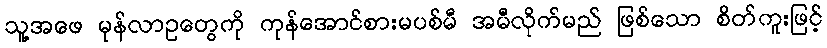
သူ့အဖေ မုန်လာဥတွေကို ကုန်အောင်စားမပစ်မီ အမီလိုက်မည် ဖြစ်သော စိတ်ကူးဖြင့်